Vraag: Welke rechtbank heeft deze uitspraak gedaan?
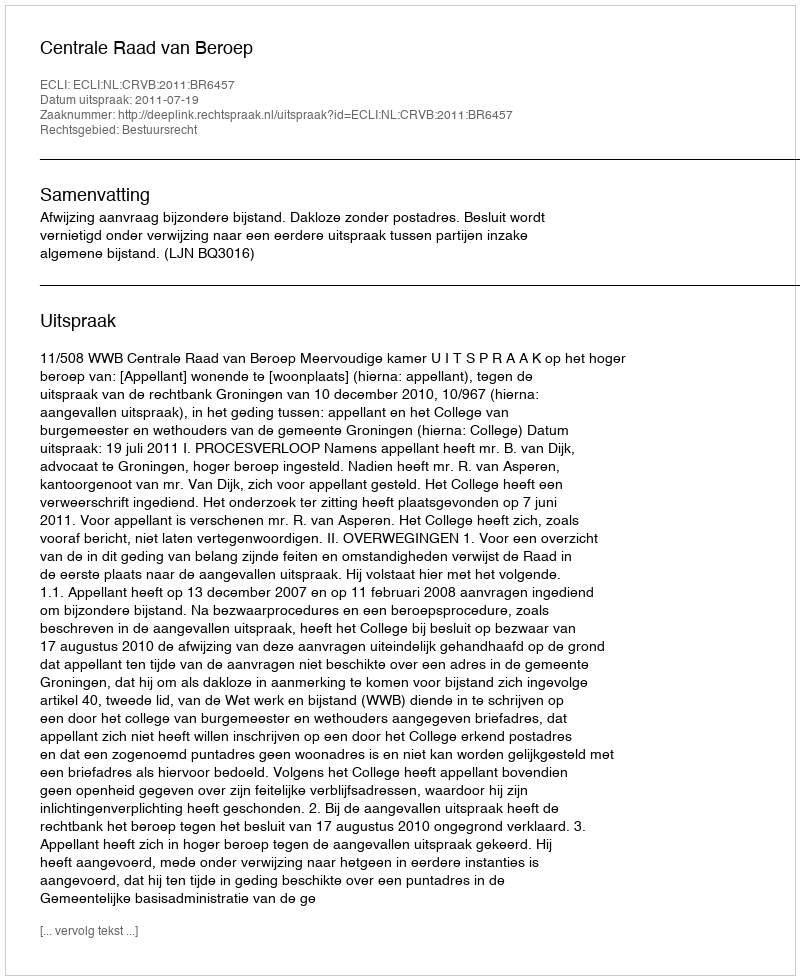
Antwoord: Centrale Raad van Beroep